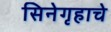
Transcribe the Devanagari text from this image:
सिनेगृहाचे